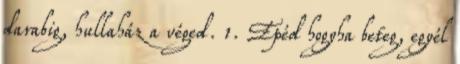
darabig, hullaház a véged. 1. Epéd hogyha beteg, egyél